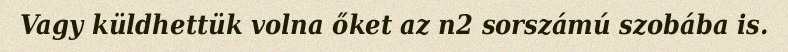
Vagy küldhettük volna őket az n2 sorszámú szobába is.